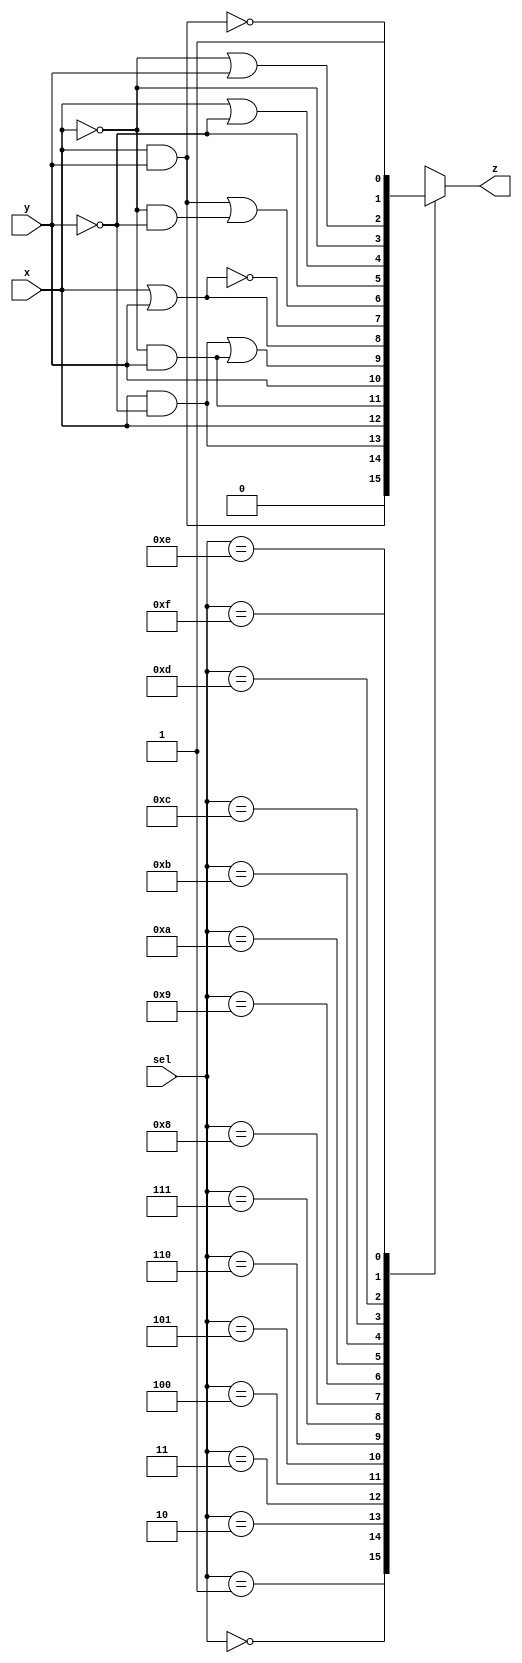

module func(sel,x, y, z);
    input [3:0] sel;
    input x, y;
    output reg z;
    
    always @ (sel or x or y) begin
        case (sel)
            4'b0000: z <= 0;
            4'b0001: z <= x && y;
            4'b0010: z <= x && !y;
            4'b0011: z <= x;
            4'b0100: z <= !x && y;
            4'b0101: z <= y;
            4'b0110: z <= (x && !y) || (!x && y);
            4'b0111: z <= x || y;
            4'b1000: z <= !(x || y);
            4'b1001: z <= (x && y) || (!x && !y);
            4'b1010: z <= !y;
            4'b1011: z <= x || !y;
            4'b1100: z <= !x;
            4'b1101: z <= !x || y;
            4'b1110: z <= !(x && y);
            4'b1111: z <= 1;
        endcase
        
    end
endmodule